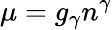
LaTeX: \mu=g_{\gamma}n^{\gamma}